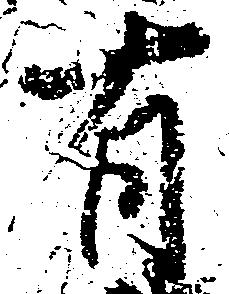
有